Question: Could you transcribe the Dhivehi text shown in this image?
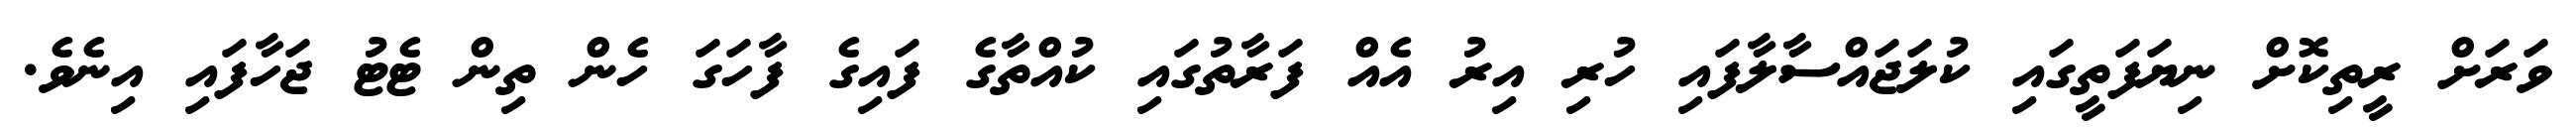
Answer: ވަރަށް ރީތިކޮށް ނިޔަފަތީގައި ކުލަޖައްސާލާފައި ހުރި އިރު އެއް ފަރާތުގައި ކުއްތާގެ ފައިގެ ފާހަގަ ހެން ތިން ޓެޓު ޖަހާފައި އިނެވެ.